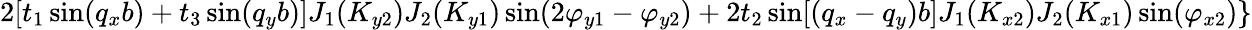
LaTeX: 2[t_{1}\sin(q_{x}b)+t_{3}\sin(q_{y}b)]J_{1}(K_{y2})J_{2}(K_{y1})\sin(2\varphi_{y1}-\varphi_{y2})+2t_{2}\sin[(q_{x}-q_{y})b]J_{1}(K_{x2})J_{2}(K_{x1})\sin(\varphi_{x2})\}